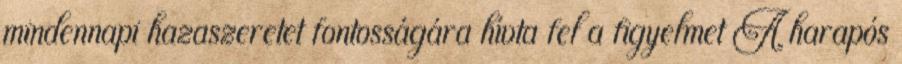
mindennapi hazaszeretet fontosságára hívta fel a figyelmet A harapós